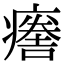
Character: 𤺦